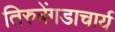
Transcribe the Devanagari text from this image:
तिरुत्रेंगडाचार्य